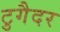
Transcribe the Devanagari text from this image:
टुगैदर